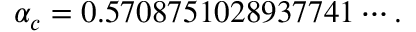
\alpha _ { c } = 0 . 5 7 0 8 7 5 1 0 2 8 9 3 7 7 4 1 \cdots .